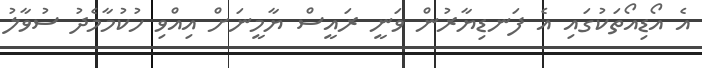
އެ އޯޑިއޯތަކުގައި އެ ފަނޑިޔާރުން ވަނީ ރައީސް ޔާމީނަށް އިއްވި ހުކުމާމެދު ސުވާލު